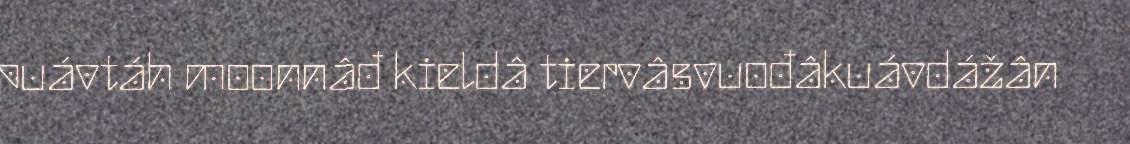
puávtáh moonnâđ kieldâ tiervâsvuođâkuávdážân